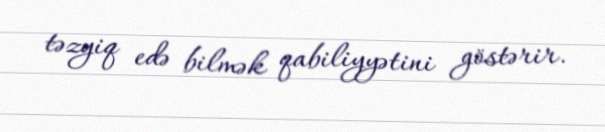
təzyiq edə bilmək qabiliyyətini göstərir.